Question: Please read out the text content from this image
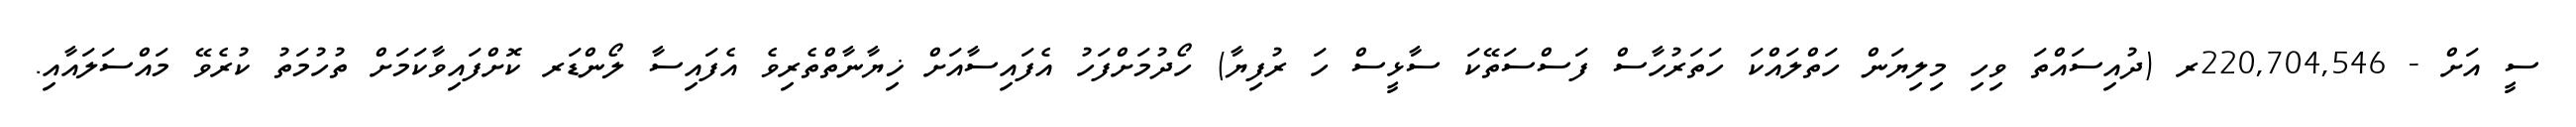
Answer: ސީ އަށް - 220,704,546ރ (ދުއިސައްތަ ވިހި މިލިޔަން ހަތްލައްކަ ހަތަރުހާސް ފަސްސަތޭކަ ސާޅީސް ހަ ރުފިޔާ) ހޯދުމަށްފަހު އެފައިސާއަށް ޚިޔާނާތްތެރިވެ އެފައިސާ ލޯންޑަރ ކޮށްފައިވާކަމަށް ތުހުމަތު ކުރެވޭ މައްސަލައާއި.